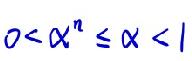
$0<\alpha ^{n}\leq \alpha <1$